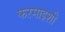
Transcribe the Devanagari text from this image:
फरमाइशी